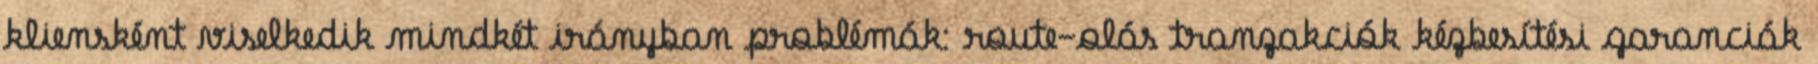
kliensként viselkedik mindkét irányban problémák: route-olás tranzakciók kézbesítési garanciák